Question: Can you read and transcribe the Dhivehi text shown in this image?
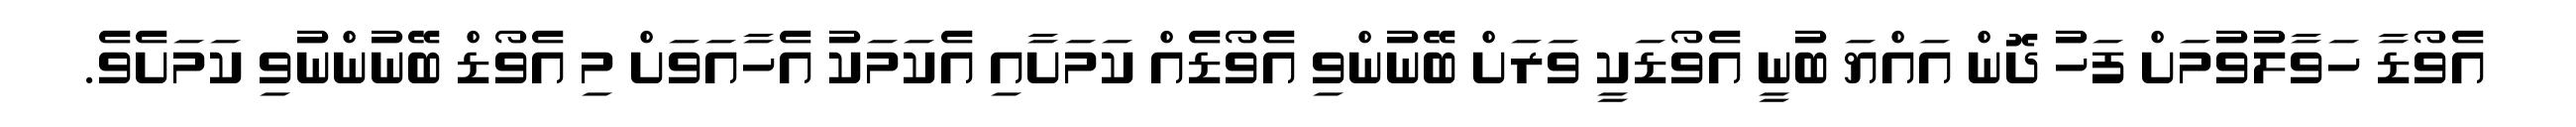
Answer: އެވޯޑާ ހަވާލުވުމަށް ފަހު ދޮން އައްޔަ ބުނީ އެވޯޑަކީ ވަރަށް ބޭނުންވި އެވޯޑެއް ކަމަށާއި އެކަމަކު އެހާއަވަށް މި އެވޯޑް ބޭނުންނުވި ކަމަށެވެ.